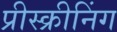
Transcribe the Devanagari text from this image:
प्रीस्क्रीनिंग